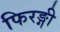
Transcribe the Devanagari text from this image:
फिरङ्गी